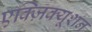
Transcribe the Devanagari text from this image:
एक्ज़िक्यूशन